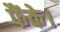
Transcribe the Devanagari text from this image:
फैंके।